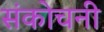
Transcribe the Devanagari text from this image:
संकोचनी